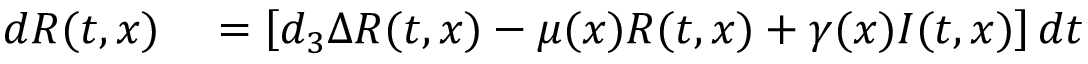
\begin{array} { r l } { d R ( t , x ) } & { { } = \left[ d _ { 3 } \Delta R ( t , x ) - \mu ( x ) R ( t , x ) + { \gamma ( x ) I ( t , x ) } \right] d t } \end{array}